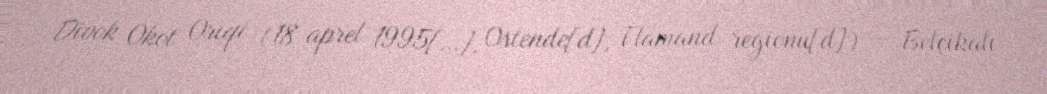
Divok Okot Oriqi (18 aprel 1995[…], Ostende[d], Flamand regionu[d]) — Belçikalı